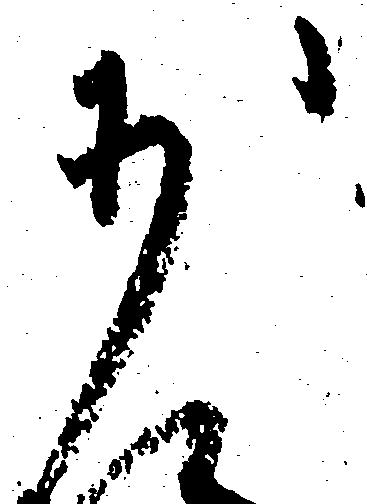
少